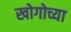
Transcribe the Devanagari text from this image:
खोगोच्या